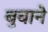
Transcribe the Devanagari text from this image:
बुवाने